Indian journal of veterinary science and animal husbandry - Volumes 18-21, 1948-1951
Year: 1948
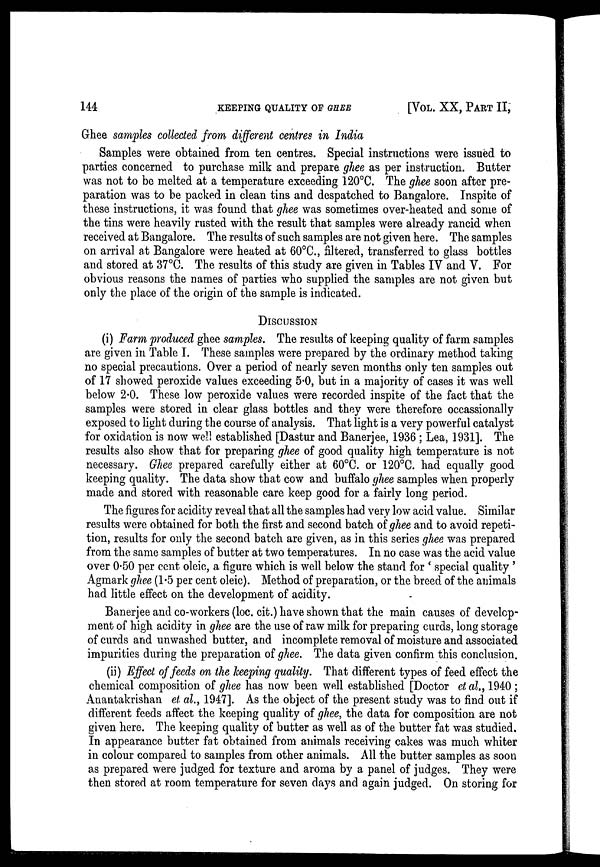
144
KEEPING QUALITY OF GHEE
[VOL. XX, PART II,
Ghee samples collected from different centres in India
Samples were obtained from ten centres. Special instructions were issued to
parties concerned to purchase milk and prepare ghee as per instruction. Butter
was not to be melted at a temperature exceeding 120°C. The ghee soon after pre-
paration was to be packed in clean tins and despatched to Bangalore. Inspite of
these instructions, it was found that ghee was sometimes over-heated and some of
the tins were heavily rusted with the result that samples were already rancid when
received at Bangalore. The results of such samples are not given here. The samples
on arrival at Bangalore were heated at 60°C., filtered, transferred to glass bottles
and stored at 37°C. The results of this study are given in Tables IV and V. For
obvious reasons the names of parties who supplied the samples are not given but
only the place of the origin of the sample is indicated.
DISCUSSION
(i) Farm produced ghee samples. The results of keeping quality of farm samples
are given in Table I. These samples were prepared by the ordinary method taking
no special precautions. Over a period of nearly seven months only ten samples out
of 17 showed peroxide values exceeding 5.0, but in a majority of cases it was well
below 2.0. These low peroxide values were recorded inspite of the fact that the
samples were stored in clear glass bottles and they were therefore occassionally
exposed to light during the course of analysis. That light is a very powerful catalyst
for oxidation is now well established [Dastur and Banerjee, 1936 ; Lea, 1931]. The
results also show that for preparing ghee of good quality high temperature is not
necessary. Ghee prepared carefully either at 60°C. or 120°C. had equally good
keeping quality. The data show that cow and buffalo ghee samples when properly
made and stored with reasonable care keep good for a fairly long period.
The figures for acidity reveal that all the samples had very low acid value. Similar
results were obtained for both the first and second batch of ghee and to avoid repeti-
tion, results for only the second batch are given, as in this series ghee was prepared
from the same samples of butter at two temperatures. In no case was the acid value
over 0.50 per cent oleic, a figure which is well below the stand for ' special quality '
Agmark ghee (1.5 per cent oleic). Method of preparation, or the breed of the animals
had little effect on the development of acidity.
Banerjee and co-workers (loc. cit.) have shown that the main causes of develop-
ment of high acidity in ghee are the use of raw milk for preparing curds, long storage
of curds and unwashed butter, and incomplete removal of moisture and associated
impurities during the preparation of ghee. The data given confirm this conclusion.
(ii) Effect of feeds on the keeping quality. That different types of feed effect the
chemical composition of ghee has now been well established [Doctor et al., 1940 ;
Anantakrishan et al., 1947]. As the object of the present study was to find out if
different feeds affect the keeping quality of ghee, the data for composition are not
given here. The keeping quality of butter as well as of the butter fat was studied.
In appearance butter fat obtained from animals receiving cakes was much whiter
in colour compared to samples from other animals. All the butter samples as soon
as prepared were judged for texture and aroma by a panel of judges. They were
then stored at room temperature for seven days and again judged. On storing for